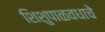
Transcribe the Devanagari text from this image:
शिशुपाळवधाचे